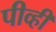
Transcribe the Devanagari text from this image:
पीव्ही